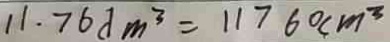
1 1 . 7 6 d m ^ { 3 } = 1 1 7 6 0 c m ^ { 3 }